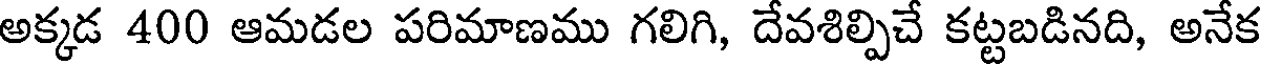
అక్కడ 400 ఆమడల పరిమాణము గలిగి, దేవశిల్పిచే కట్టబడినది, అనేక